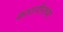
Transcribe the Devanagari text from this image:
कारागीरांच्या